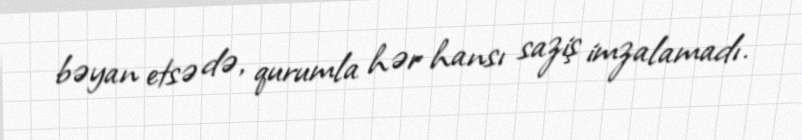
bəyan etsə də, qurumla hər hansı saziş imzalamadı.